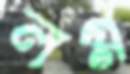
লগ্গ